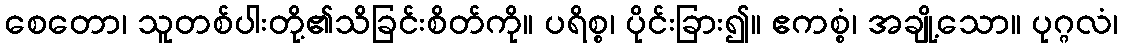
စေတော၊ သူတစ်ပါးတို့၏သိခြင်းစိတ်ကို။ ပရိစ္စ၊ ပိုင်းခြား၍။ ဧကစ္စံ၊ အချို့သော။ ပုဂ္ဂလံ၊